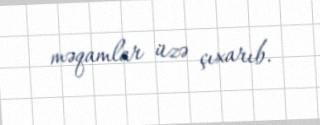
məqamlar üzə çıxarıb.